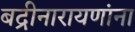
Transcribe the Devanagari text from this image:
बद्रीनारायणांना